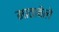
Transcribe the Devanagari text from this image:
माताबेले